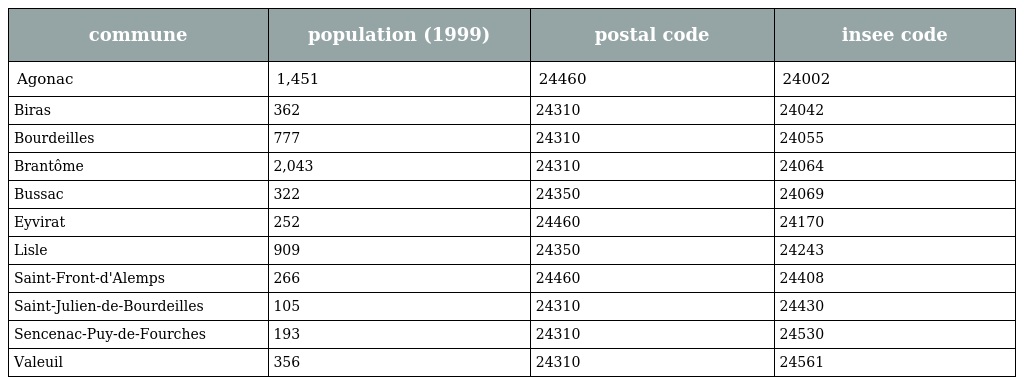
| commune | population (1999) | postal code | insee code |
 | --- | --- | --- | --- |
 | Agonac | 1,451 | 24460 | 24002 |
 | Biras | 362 | 24310 | 24042 |
 | Bourdeilles | 777 | 24310 | 24055 |
 | Brantôme | 2,043 | 24310 | 24064 |
 | Bussac | 322 | 24350 | 24069 |
 | Eyvirat | 252 | 24460 | 24170 |
 | Lisle | 909 | 24350 | 24243 |
 | Saint-Front-d'Alemps | 266 | 24460 | 24408 |
 | Saint-Julien-de-Bourdeilles | 105 | 24310 | 24430 |
 | Sencenac-Puy-de-Fourches | 193 | 24310 | 24530 |
 | Valeuil | 356 | 24310 | 24561 |